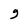
Character: 9